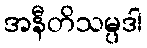
အနီတိသမ္ပဒါ